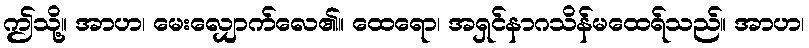
ဤသို့။ အာဟ၊ မေးလျှောက်လေ၏။ ထေရော၊ အရှင်နာဂသိန်မထေရ်သည်။ အာဟ၊